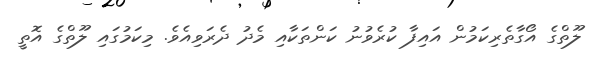
ލޫތްގެ އޯގާތެރިކަމުން އައިފާ ކުރެވުނު ކަންތަކާއި މެދު ދެރަވިއެވެ. މިކަމުގައި ލޫތްގެ އޮތީ